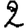
Digit: 2